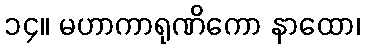
၁၄။ မဟာကာရုဏိကော နာထော၊